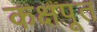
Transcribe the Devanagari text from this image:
कक्षपूत